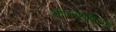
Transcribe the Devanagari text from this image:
कॉन्फ्युशिअस